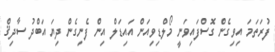
ފުރަތަމަ އިވިގެން ގޮސްފައިވަނީ މޯލްޑިވިއަން އައިޑަލް އިން ފެނިގެން ދިޔަ އަބްދު ސާދިޤް